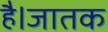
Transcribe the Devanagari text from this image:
है।जातक